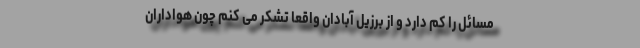
مسائل را کم دارد و از برزیلِ آبادان واقعا تشکر می کنم چون هواداران